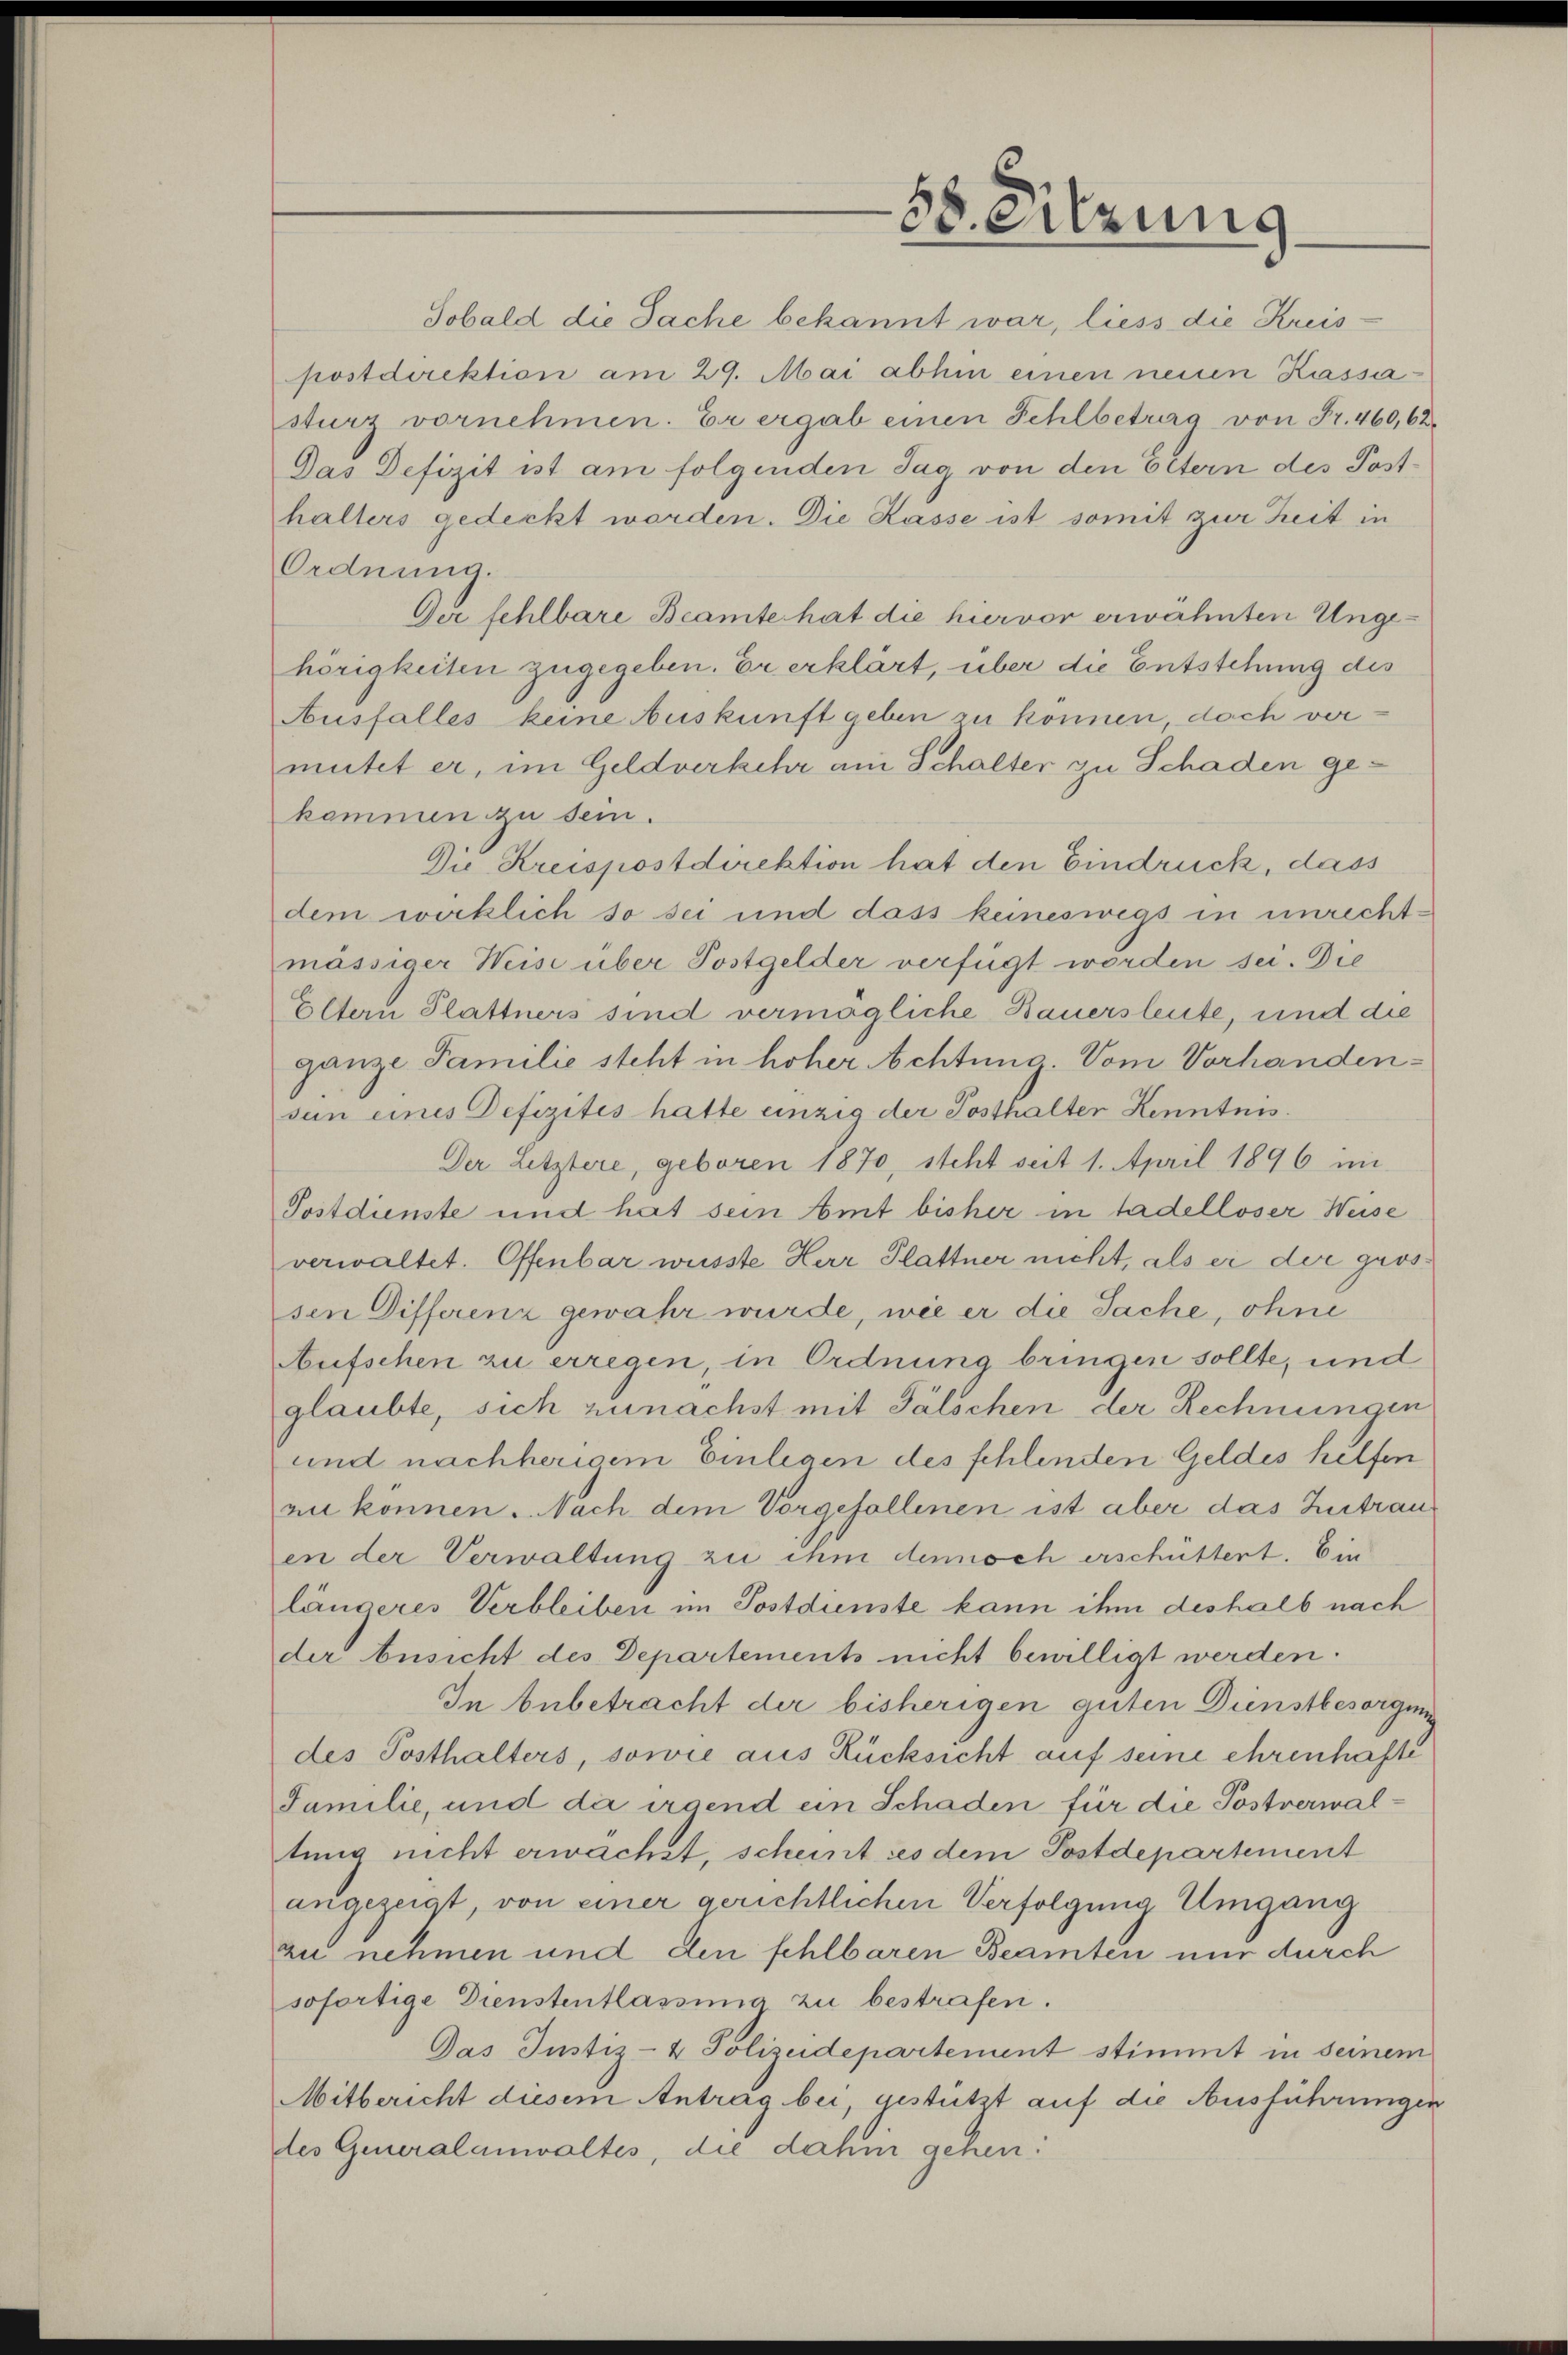
38. Sitzung

Sobald die Sache bekannt war, liess die Kreis-
postdirektion am 29. Mai abhin einen neuen Kassasturz vornehmen. Er ergab einen Fehlbetura von Fr. 460, 62.
Das Defizit ist am folgenden Tag von den Eltern des Posthalters gedeckt worden. Die Kasse ist somit zur Zeit in
Ordnung.
Der fehlbare Beamte hat die hiervor erwähnten Ungehörigkeiten zugegeben. Er erklärt, über die Entstehung des
Ausfalles keine Auskunft geben zu können, dach vermutet er, im Geldverkehr am Schalter zu Schaden gekommen zu sein.
Die Kreispostdirektion hat den Eindruck, dass
dem wirklich so sei und dass keineswegs in unrechtmässiger Weise über Postgelder verfügt worden sei. Die
Eltern Plattners sind vermögliche Bauersleute, und die
ganze Familie steht in hoher Achtung. Vom Vorhandensun eines Defizites hatte einzig der Posthalter Kenntnis.
Der Letztere, geboren 1870, steht seit 1. April 1896 im
Postdienste und hat sein Amt bisher in tadelloser Weise
verwaltet. Offenbar wusste Herr Plattner nicht, als er der grossen Differenz gewahr wurde, wie er die Sache, ohne
Aufschen zu erregen, in Ordnung bringen sollte, und
glaubte, sich zunächst mit Fälschen der Rechnungen
und nachherigem Einlegen des schlenden Geldes helfen
en können. Nach dem Vorgefallenen ist aber das Zutrauen der Verwaltung zu ihm dennoch erschüttert. Ein
längeres Verbleiben im Postdienste kann ihm deshalb nach
der Ansicht des Departements nicht bewilligt werden.
In Anbetracht der bisherigen guten Dienstbesorgung
des Posthalters, sowie aus Rücksicht auf seine ehrenhafte
Familie, und da irgend ein Schaden für die Postverwaltung nicht erwachet, scheint ces dem Postdepartement
angezeigt, von einer gerichtlichen Verfolgung Umgang
zu nehmen und den fehlbaren Beamten nur durch
sofortige Dienstentlassung zu bestrafen.
Das Justiz- & Polizeidepartement stimmt in seinem
Mitbericht diesem Antrag bei, gestützt auf die Ausführungen
des Generalanwaltes, die dahin gehen: